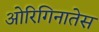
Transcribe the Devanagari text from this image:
ओरिगिनातेस